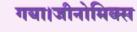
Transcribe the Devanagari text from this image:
गया।जीनोमिक्स